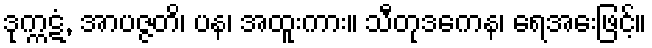
ဒုက္ကဋံ, အာပဇ္ဇတိ၊ ပန၊ အထူးကား။ သီတုဒကေန၊ ရေအေးဖြင့်။